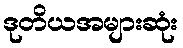
ဒုတိယအများဆုံး